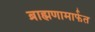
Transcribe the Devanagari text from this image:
ब्राह्मणामार्फत